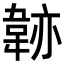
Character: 𩎭